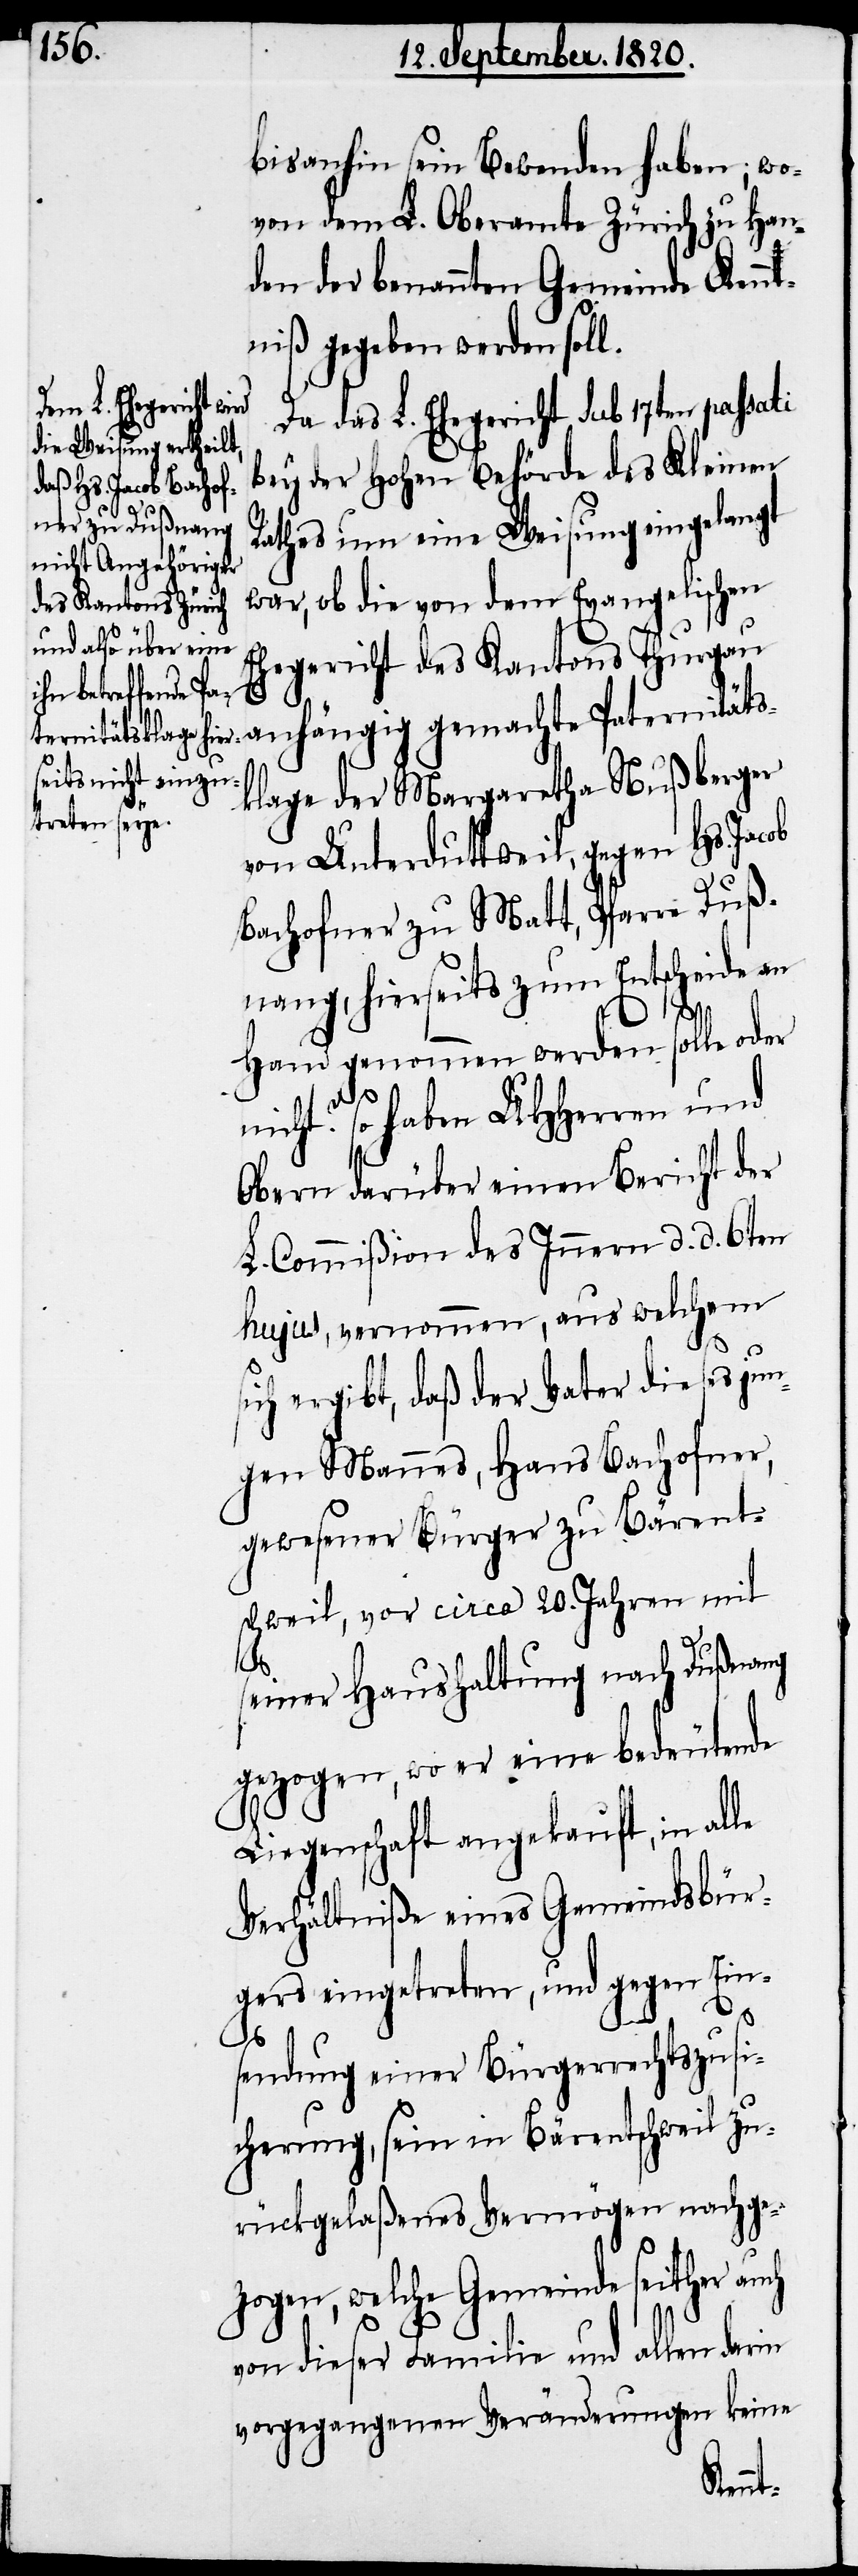
bisanhin sein Bewenden haben; wo¬
von dem L. Oberamte Zürich zu Han¬
den der benannten Gemeinde Kennt¬
niß gegeben werden soll.
Da das L. Ehegericht sub 17ten passati
bey der hohen Behörde des Kleinen
Rathes um eine Weisung eingelangt
war, ob die von dem Evangelischen
Ehegericht des Kantons Thurgau
anhängig gemachte Paternitäts¬
klage der Margaretha Nußberger
von Unterduttweil, gegen Hs. Jac¬
Bachofner zu Matt, Pfarre Duß¬
nang, hierseits zum Entscheide an
Hand genommen werden solle oder
nicht? So haben UHherren und
Obern darüber einen Bericht der
L. Commißion des Innern d. d. 6ten
hujus vernommen, aus welchem
ich ergibt, daß der Vater dieses jun¬
gen Mannes, Hans Bachofner,
gewesener Bürger zu Bärent¬
schweil, vor circa 20. Jahren mit
seiner Haushaltung nach Dußnang
gezogen, wo er eine bedeutende
Liegenschaft angekauft, in alle
Verhältniße eines Gemeindsbür¬
gers eingetreten, und gegen Eins¬
s¬
endung einer Bürgerrechtszusi¬
cherung, sein in Bärentschweil zu¬
rückgelaßenes Vermögen nachge¬
zogen, welche Gemeinde seither auch
von dieser Familie und allen
vorgegangenen Veränderungen keine